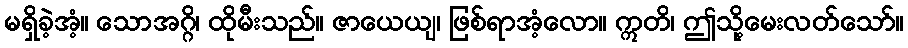
မရှိခဲ့အံ့။ သောအဂ္ဂိ၊ ထိုမီးသည်။ ဇာယေယျ၊ ဖြစ်ရာအံ့လော။ ဣတိ၊ ဤသို့မေးလတ်သော်။